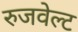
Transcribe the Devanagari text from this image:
रुजवेल्ट